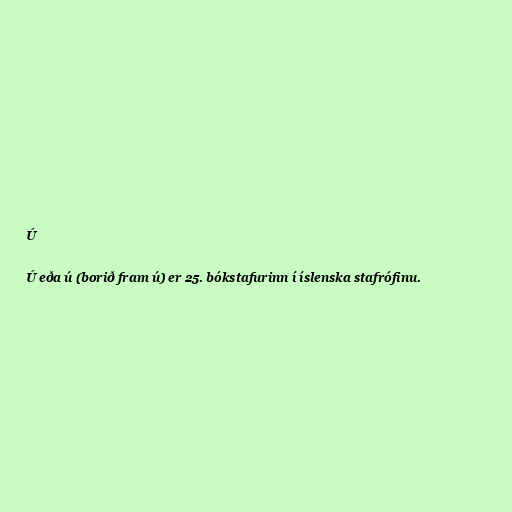
Ú

Ú eða ú (borið fram ú) er 25. bókstafurinn í íslenska stafrófinu.